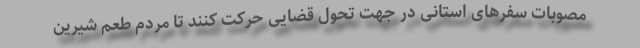
مصوبات سفرهای استانی در جهت تحول قضایی حرکت کنند تا مردم طعم شیرین